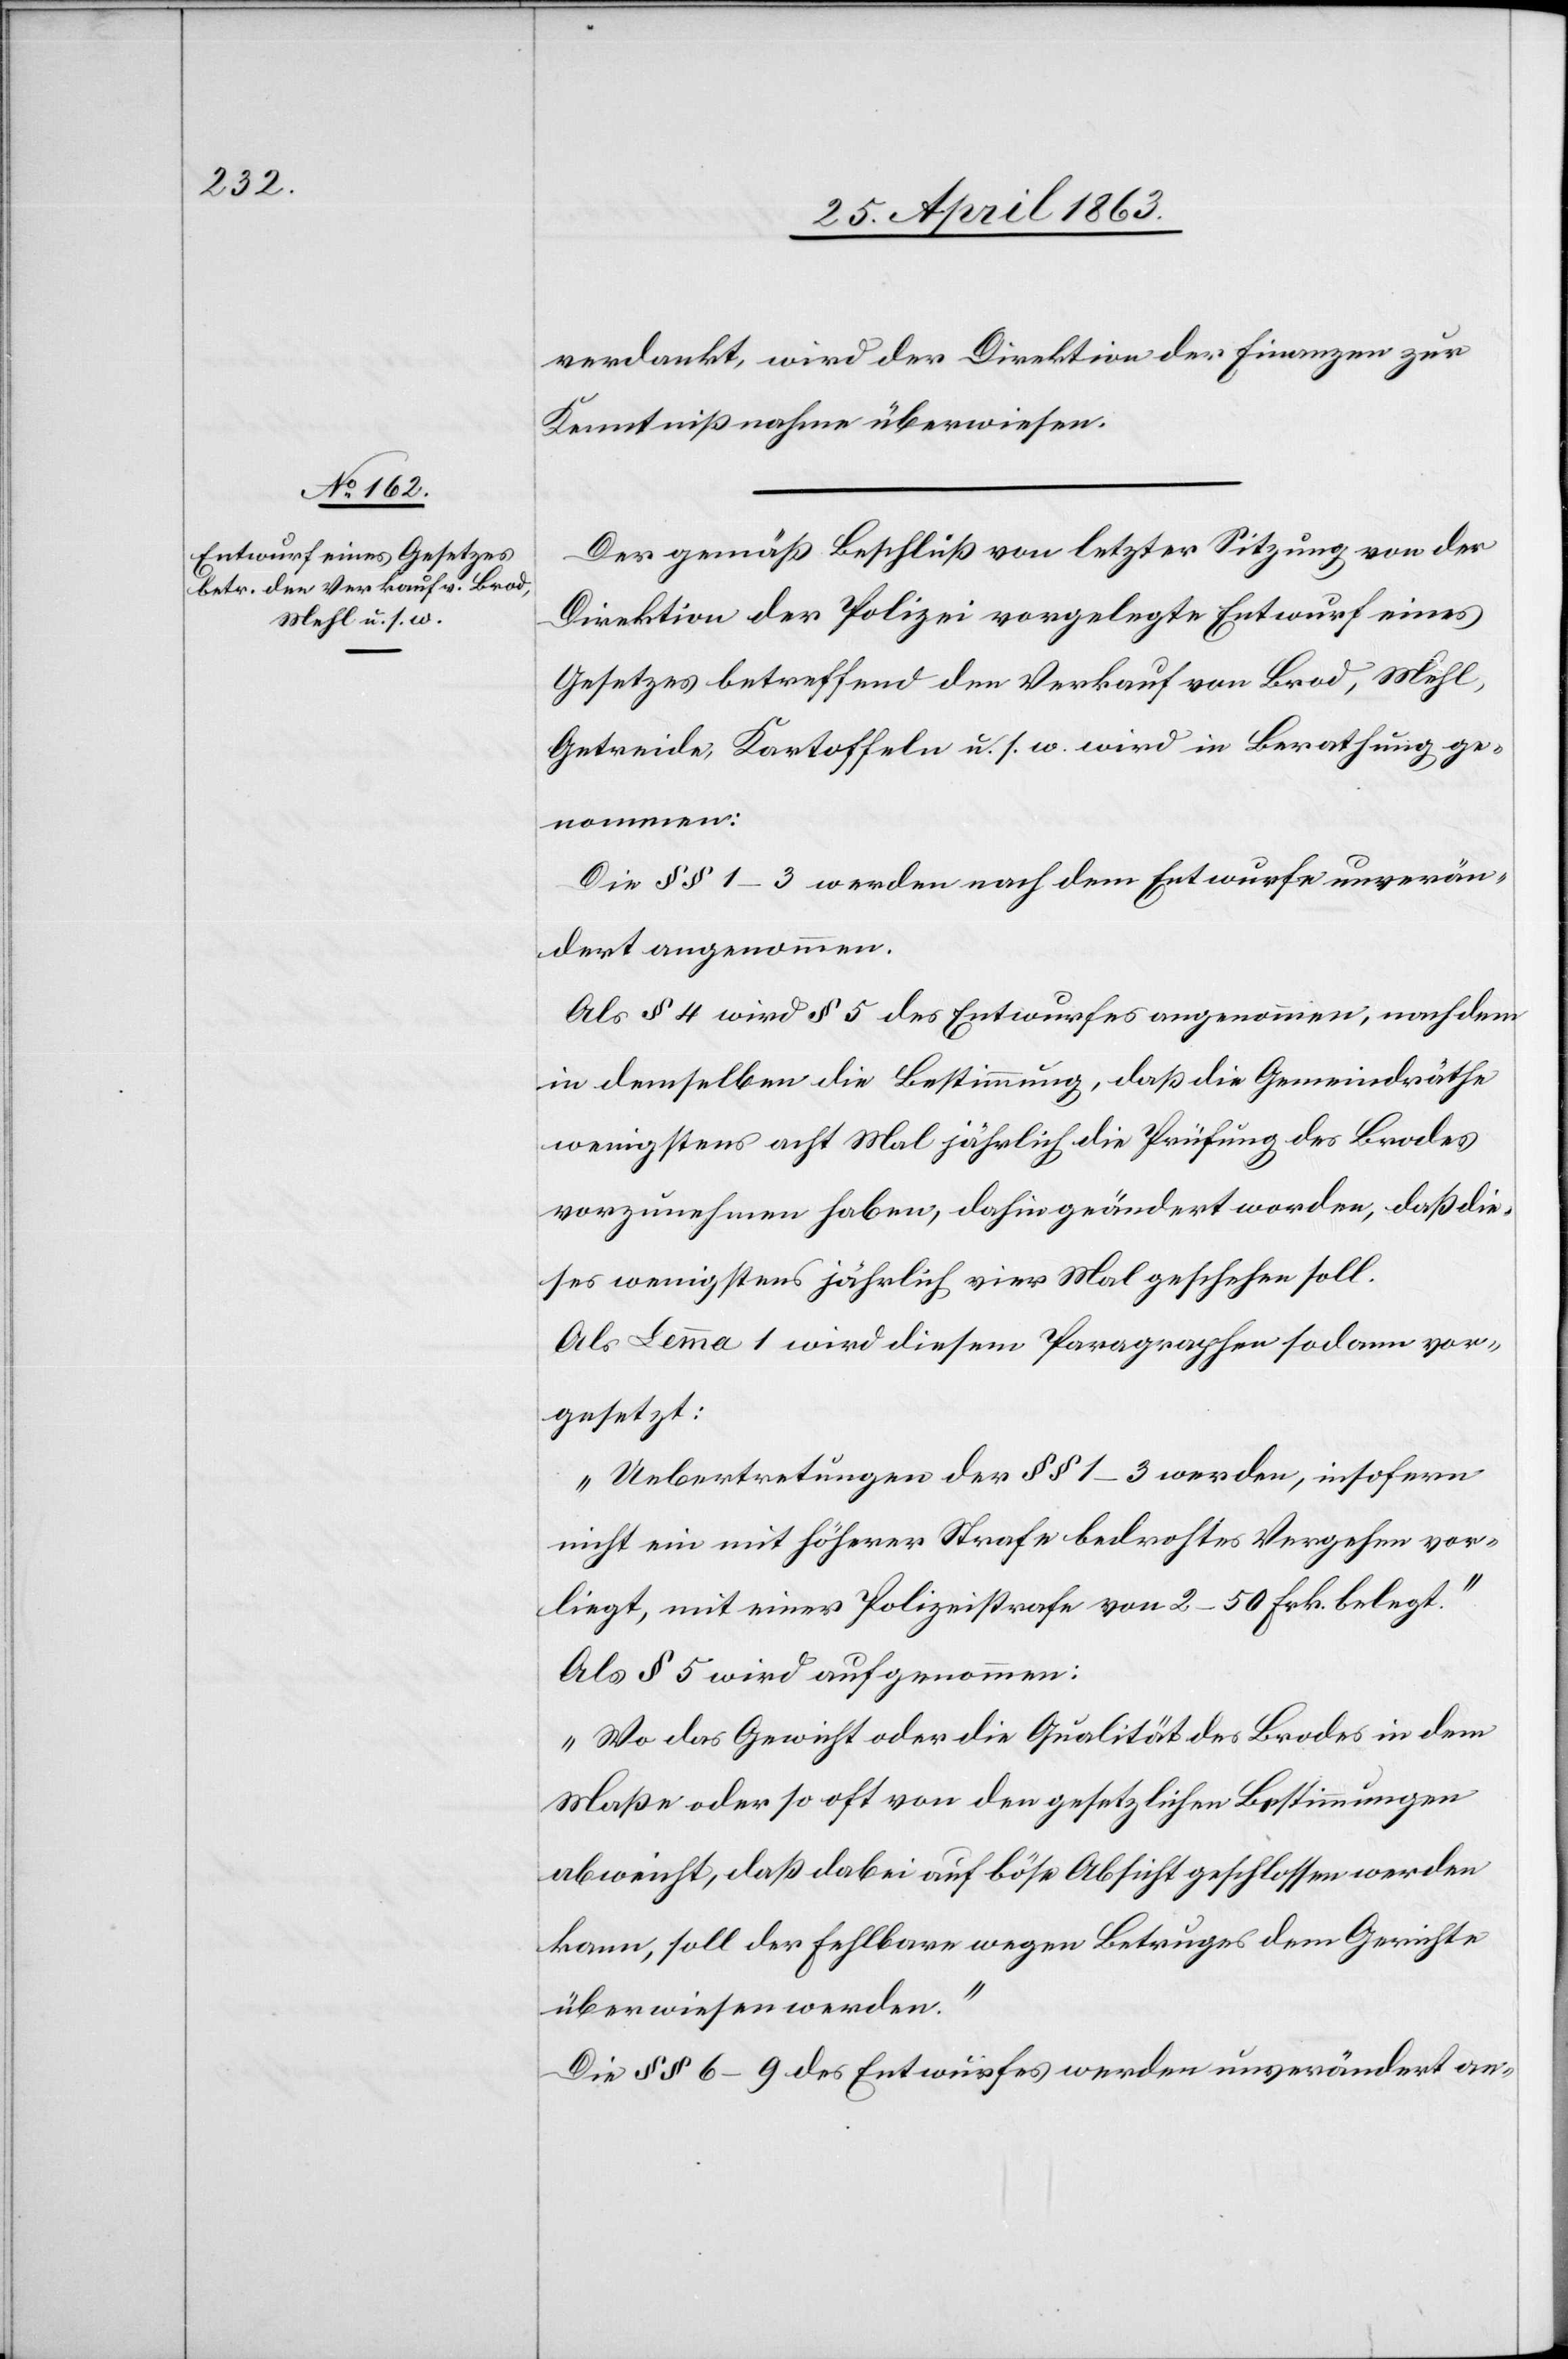
verdankt, wird der Direktion der Finanzen zur
Kenntnißnahme überwiesen.
Der gemäß Beschluß von letzter Sitzung von der
Direktion der Polizei vorgelegte Entwurf eines
Gesetzes betreffend den Verkauf von Brod, Mehl,
Getreide, Kartoffeln, u. s. w. wird in Berathung ge¬
nommen:
Die §§ 1–3 werden nach dem Entwurfe unverän¬
dert angenommen.
Als § 4 wird § 5 des Entwurfes angenommen, nachdem
in demselben die Bestimmung, daß die Gemeindräthe
wenigstens acht Mal jährlich die Prüfung des Brodes
vorzunehmen haben, dahin geändert worden, daß die¬
ses wenigstens jährlich vier Mal geschehen soll.
Als Lemma 1 wird diesem Paragraphen sodann vor¬
gesetzt:
„Uebertretungen der §§ 1–3 werden, insofern
nicht ein mit höherer Strafe bedrohtes Vergehen vor¬
liegt, mit einer Polizeistrafe von 2–50 Frk. belegt.“
Als § 5 wird aufgenommen:
„Wo das Gewicht oder die Qualität des Brodes in dem
Maße oder so oft von den gesetzlichen Bestimmungen
abweicht, daß dabei auf böse Absicht geschlossen werden
kann, soll der Fehlbare wegen Betruges dem Gerichte
überwiesen werden.“
Die §§ 6–9 des Entwurfes werden unverändert an-